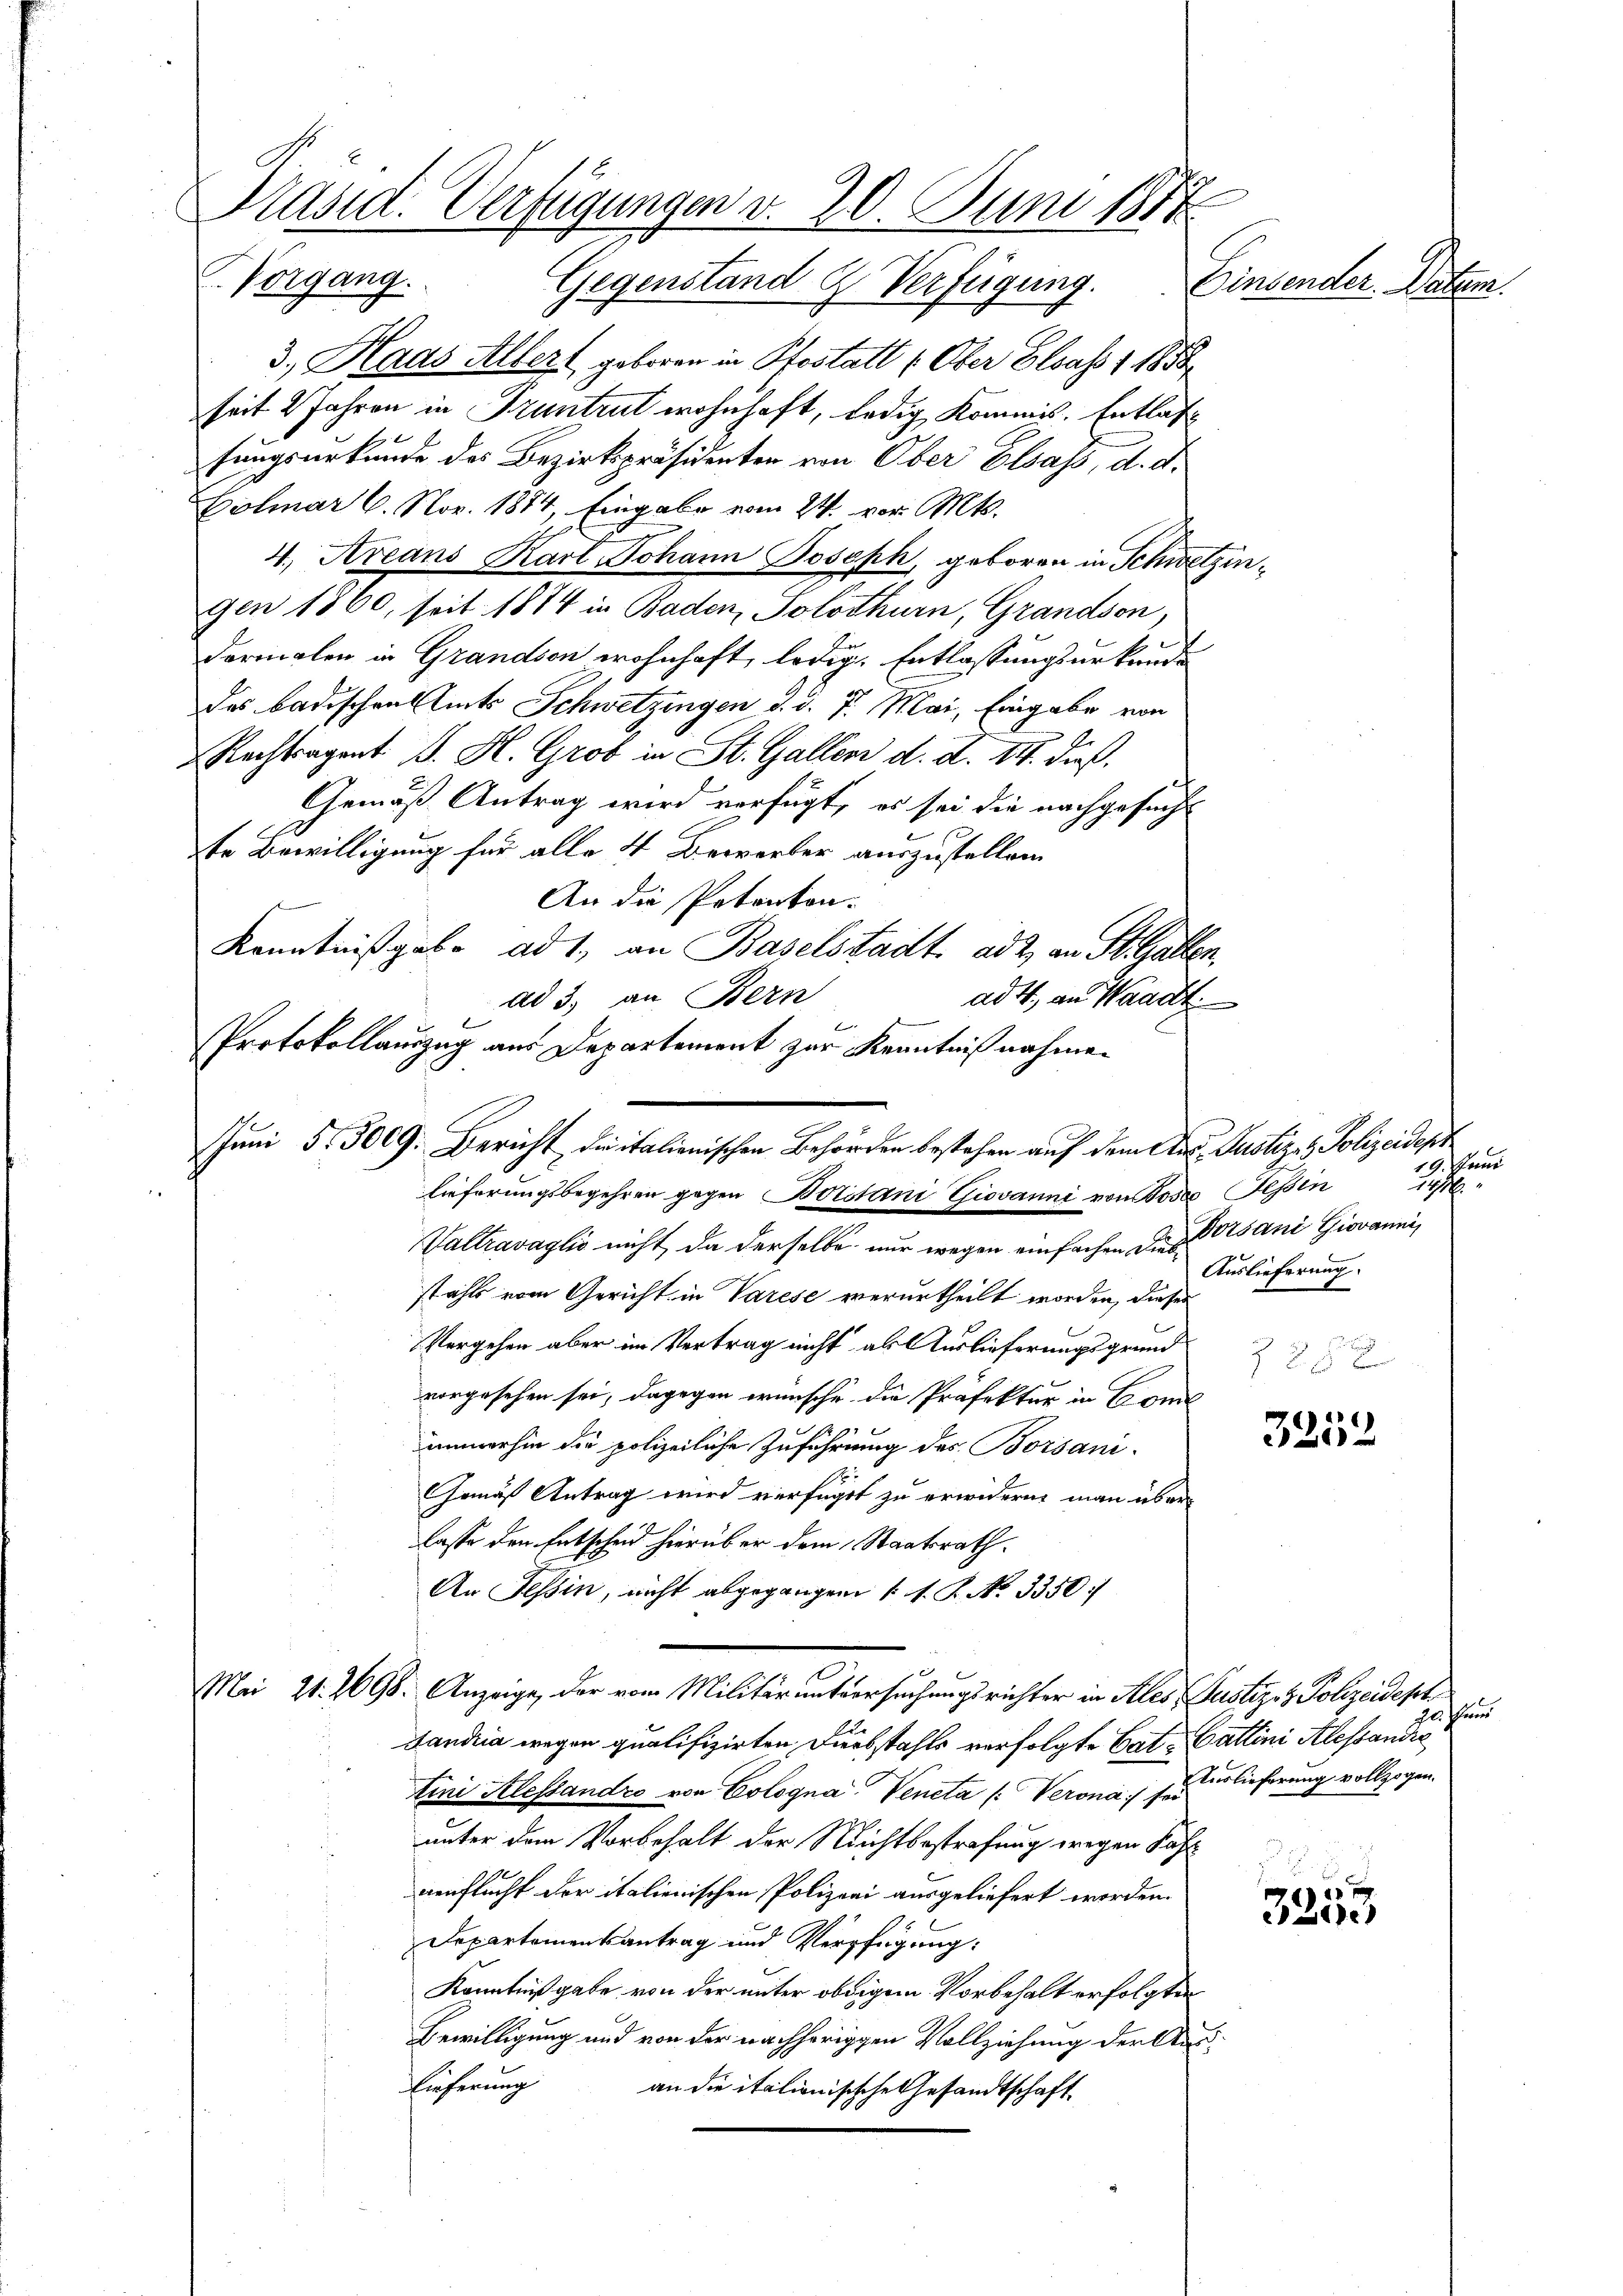
Präsid. Verfügungen v. 20. Juni 1874
Vorgang. Gegenstand & Verfügung.
Einsender. Datum.

3., Haas Allert geboren in Pfostatt (Ober Elsass 1 1858
seit 2 Jahren in Pruntrut wohnhaft, ledig Kommis. Entlas
tungsurkunde des Bezirkspräsidenten von Ober Elsass, d. d.
Colmar 6. Nov. 1874, Eingabe vom 24. vor. Mts.
4., Areans Karl Johann Joseph, geboren in Schwetzingen 1800, seit 1874 in Baden, Solothurn, Grandson,
dormalen in Grandson wohnhaft, ledig. Entlassungsurkunde
des Badischen Amts Schwetzingen d. d. 7. Mai, Eingabe von
Rechtsagent J. H. Grob in St. Gallen d. d. 14. dieß.
Gemäß Antrag wird verfügt, es sei die nachgesucht
te Bewilligung für alle 4 Bewerber auszustellen
An die Petenton.
Kenntnißgabe ad 1., an Baselstadt. ad 2, an St. Gallen,
ad 3. an Bern
ad 4., an Waadt
Protokollauszug aus Departement zur Kenntniß nahmen
Valtravaglio nicht, da derselbe nur wegen einfachen die sani Giovanni,
stahls vom Gericht in Varese verurtheilt worden, dieser
Vergehen aber im Vertrag nicht als Auslieferungsgrund
vorgesehen sei, dagegen wünsche die Präfektur in Com
immerhin die polizeiliche Zuführung des Borsani-
Gemäß Antrag wird verfüget zu erwidern man überlasse den Entscheid hierüber dem Staatsrath.
An Tessin, nicht abgegangen (s. S. N. 3350:/
Mei 21. 2696. Anzeige, der vom Militär untersuchungsrichter in Ales, Pustiz- & Polizeidesh
Landria wegen qualifizirten Diebstahls verfolgte Cat. Gattini Alessandie
tini Alessandro von Cologna Veneta /: Verona sei blieferung vollzogen.
unter dem Vorbehalt der Nichtbestrafung wegen Jah¬
10
neuflucht der italienischen Polizei ausgeliefert worden.
Departementsantrag und Verfügung:
Kenntnißgabe von der unter obdigem Vorbehalt erfolgten
Bewilligung und von der nachherigen Vollziehung der Aus¬
Lieferung an die italionischche Gesandtschaft

Juni 5. 5009: Bericht dritalienischen Behörden bestehen auf dem Aus Justiz- & Polizeident
lieferungsbegehren gegen Botstani Giovanni von Moses Tessin

19. Manni
3
Auslieferung.
2 25 x

3232

schend

e
3200